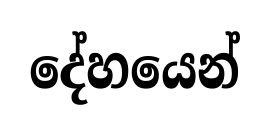
දේහයෙන්